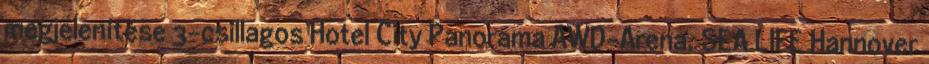
megjelenítése 3-csillagos Hotel City Panorama AWD-Arena, SEA LIFE Hannover